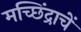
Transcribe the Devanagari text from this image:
मच्छिंद्राचें